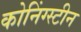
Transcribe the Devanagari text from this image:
कोनिंग्स्टीन